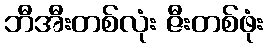
ဘီအီးတစ်လုံး ဇီးတစ်ဖုံး